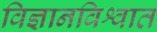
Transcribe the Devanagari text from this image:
विज्ञानविश्वात